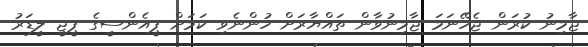
ޖާމިނު ކުރަން ޖެހޭނަމަ ޖާމިނުވާން ތައްޔާރަށް ހުންނެވި ކަމަށް ޕީއެންސީގެ ޕީޖީ ލީޑަރު